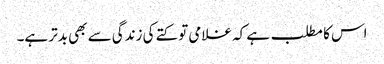
اس کا مطلب ہے کہ غلامی تو کتے کی زندگی سے بھی بدتر ہے۔